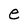
Character: e